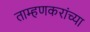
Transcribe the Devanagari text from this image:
ताम्हणकरांच्या